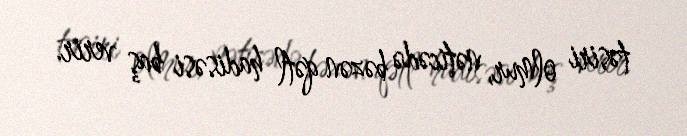
təsiri olmur, nəticədə bəzən qətl hadisəsi baş verir.